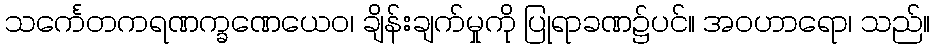
သင်္ကေတကရဏက္ခဏေယေဝ၊ ချိန်းချက်မှုကို ပြုရာခဏ၌ပင်။ အဝဟာရော၊ သည်။